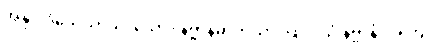
အနုပါဒိသေသာယ၊ သော။ နိဗ္ဗာနဓာတုယာ၊ ဖြင့်။ ယံ နိဗ္ဗာနံ၊ အကြင်